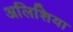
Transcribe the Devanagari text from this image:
अलिशिया